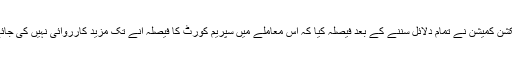
تاہم الیکشن کمیشن نے تمام دلائل سننے کے بعد فیصلہ کیا کہ اس معاملے میں سپریم کورٹ کا فیصلہ آنے تک مزید کارروائی نہیں کی جائے گی۔